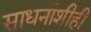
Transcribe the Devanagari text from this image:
साधनांशीही